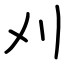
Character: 刈